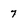
Character: 7